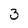
Character: 3